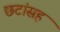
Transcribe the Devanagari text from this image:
छटांसह